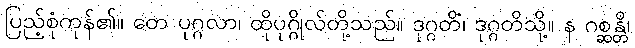
ပြည့်စုံကုန်၏။ တေ ပုဂ္ဂလာ၊ ထိုပုဂ္ဂိုလ်တို့သည်။ ဒုဂ္ဂတိံ၊ ဒုဂ္ဂတိသို့။ န ဂစ္ဆန္တိ၊